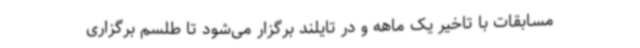
مسابقات با تاخیر یک ماهه و در تایلند برگزار می‌شود تا طلسم برگزاری